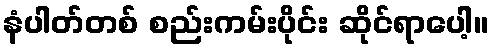
နံပါတ်တစ် စည်းကမ်းပိုင်း ဆိုင်ရာပေါ့။